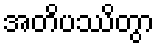
အတိပဿိတွာ